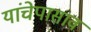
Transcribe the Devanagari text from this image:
यांचेपासाव